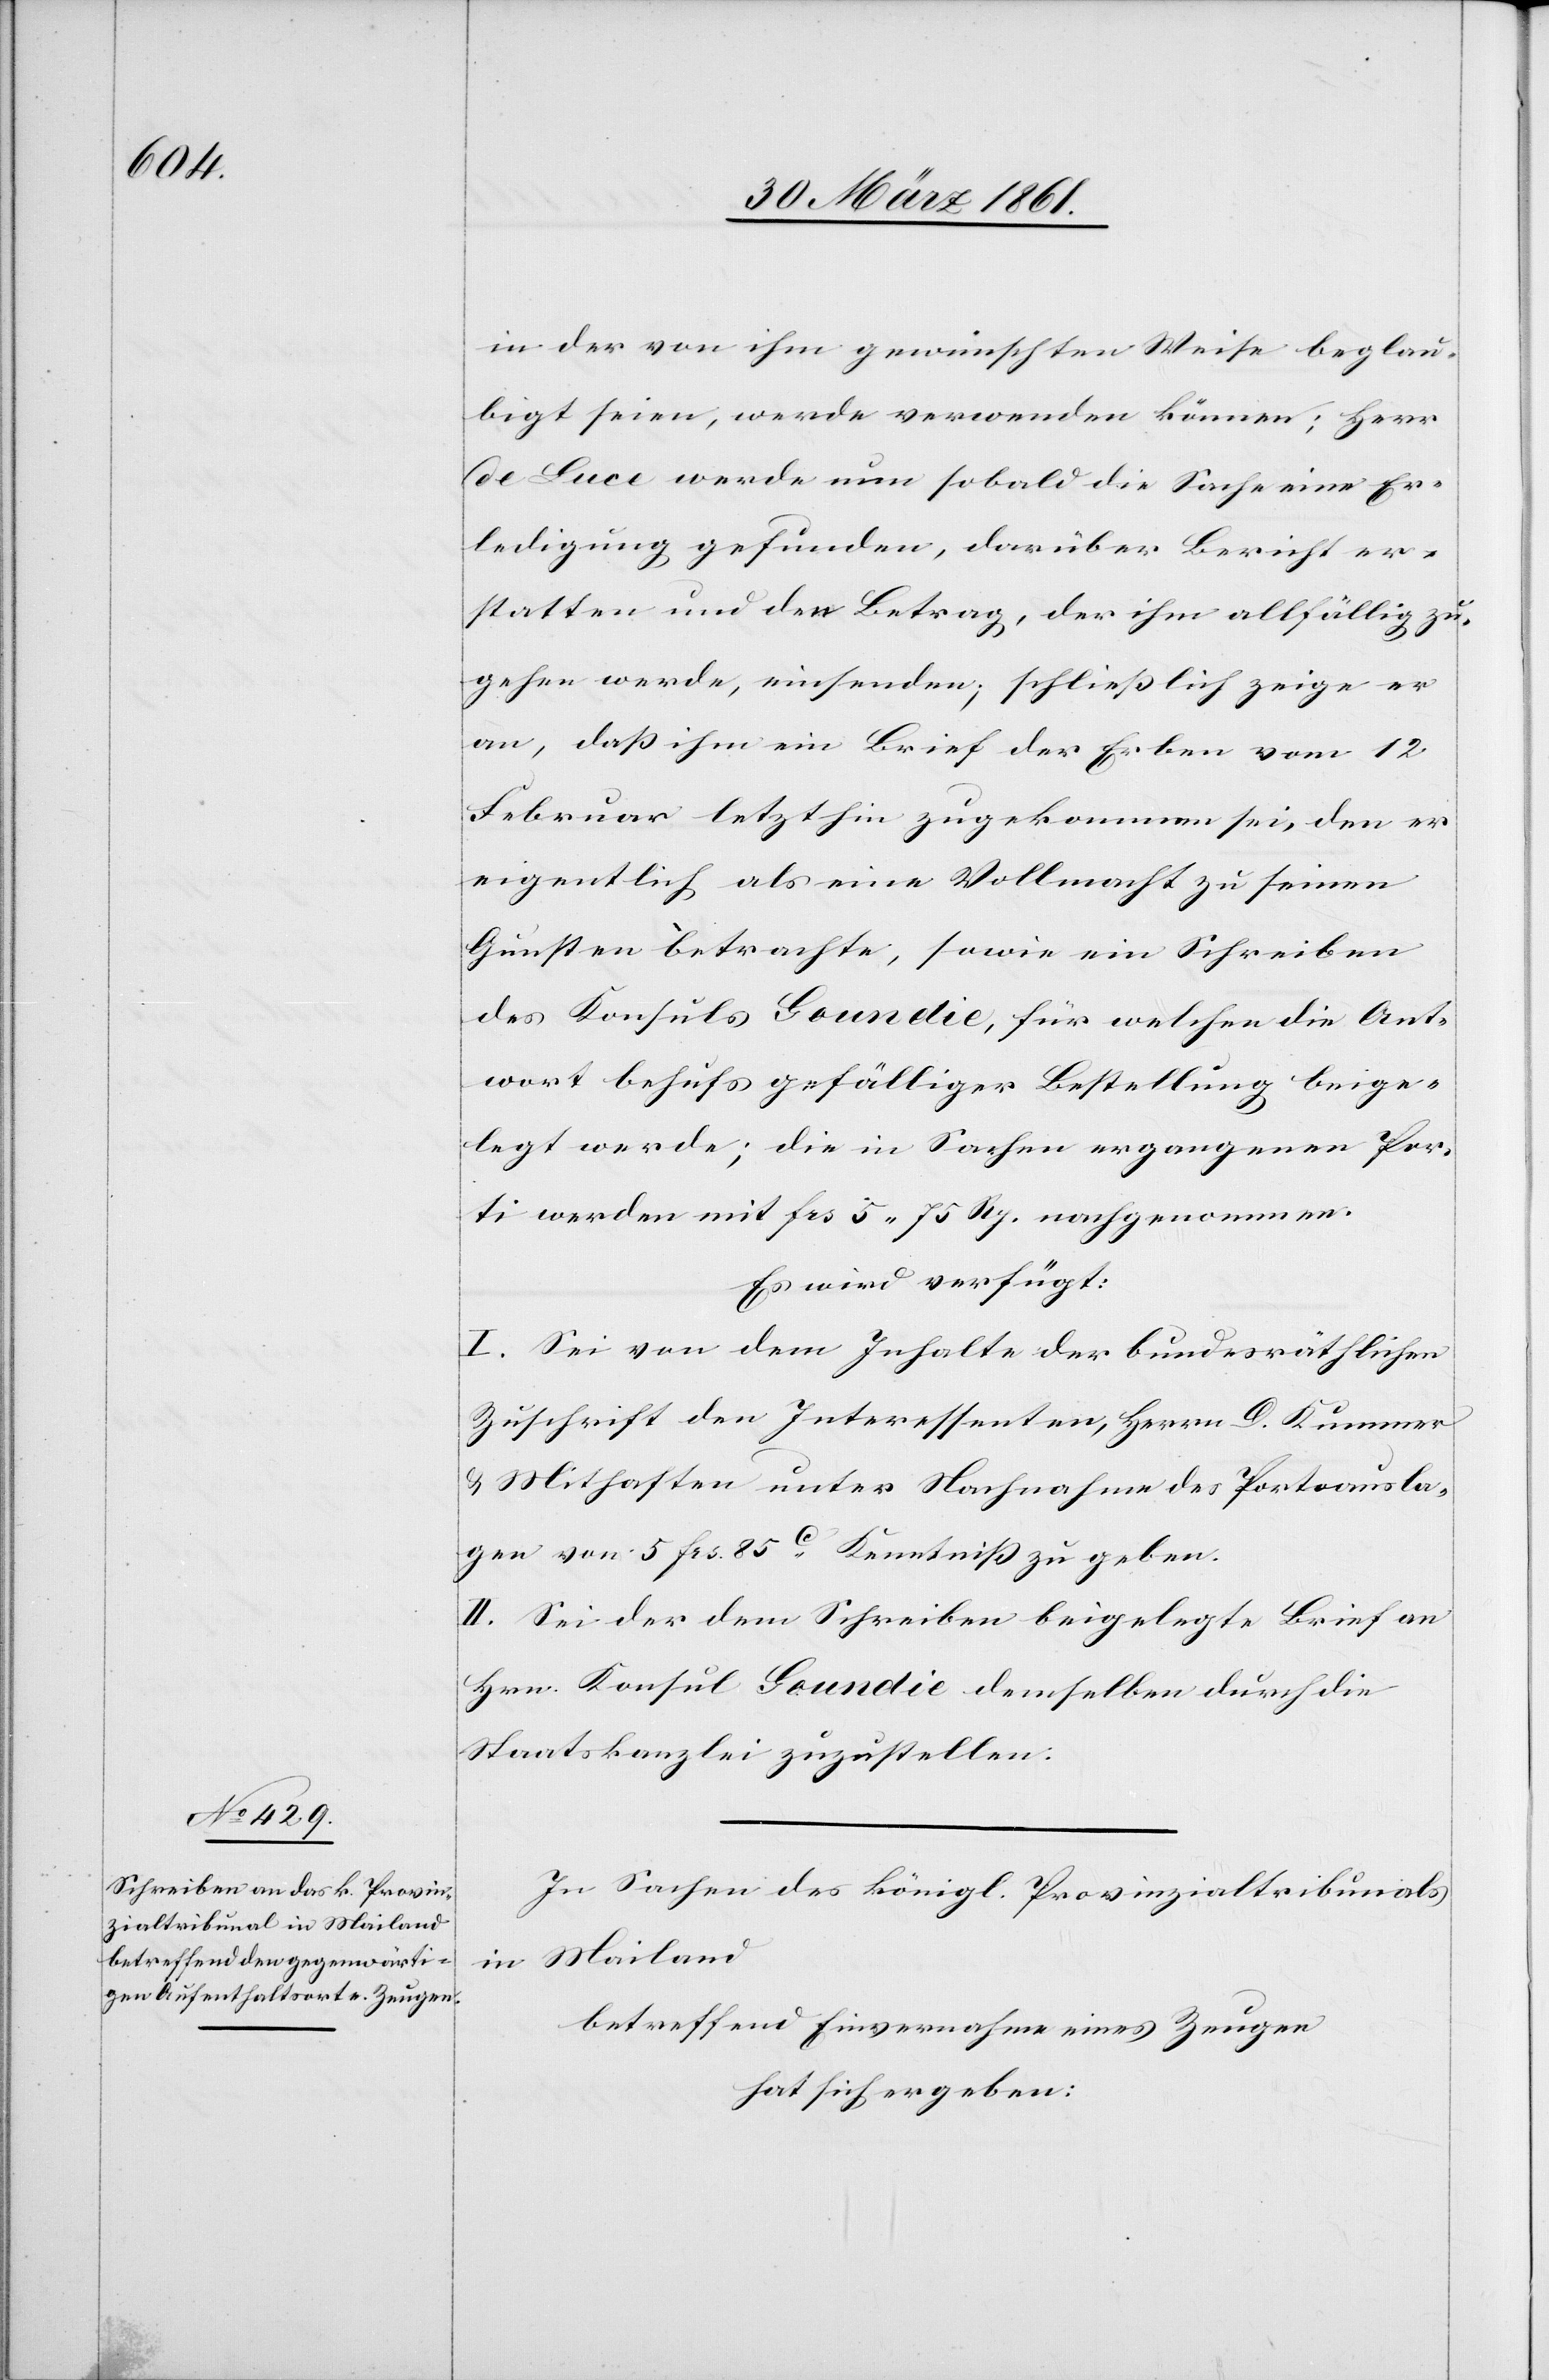
in der von ihm gewünschten Weise beglau¬
bigt seien, werde verwenden können; Herr
de Luce werde nun sobald die Sache eine Er¬
ledigung gefunden, darüber Bericht er¬
statten und den Betrag, der ihm allfällig zu¬
gehen werde, einsenden; schließlich zeige er
an, daß ihm ein Brief der Erben vom 12.
Februar letzthin zugekommen sei, den er
eigentlich als eine Vollmacht zu seinen
Gunsten betrachte, sowie ein Schreiben
des Konsuls Goundie, für welchen die Ant¬
wort behufs gefälliger Bestellung beige¬
legt werde, die in Sachen ergangenen Por¬
ti werden mit frs. 5 75 Rp. nachgenommen.
Es wird verfügt:
I. Sei von dem Inhalte der bundesräthlichen
Zuschrift den Interessenten, Herrn D. Kummer
u. Mithafte unter Nachnahme der Portoausla¬
gen von 5 frs. 85C Kenntniß zu geben.
II. Sei der dem Schreiben beigelegte Brief an
Hrn. Konsul Goundie demselben durch die
Staatskanzlei zuzustellen.
In Sachen des königl. Provinzialtribunals
in Mailand
betreffend Einvernahme eines Zeugen
hat sich ergeben: